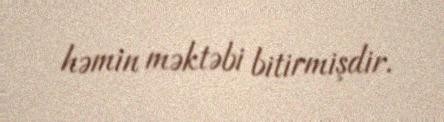
həmin məktəbi bitirmişdir.